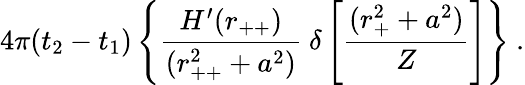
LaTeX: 4\pi(t_{2}-t_{1})\left\{ \frac{H^{\prime}(r_{++})}{(r_{++}^{2}+a^{2})}\ \delta\left[\frac{(r_{+}^{2}+a^{2})}{Z}\right]\right\} \ .